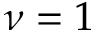
\nu = 1